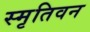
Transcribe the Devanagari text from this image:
स्मृतिवन